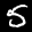
Label: 5